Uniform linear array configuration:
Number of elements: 8
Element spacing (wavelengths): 0.75
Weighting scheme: uniform
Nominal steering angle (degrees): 15
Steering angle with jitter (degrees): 15.513
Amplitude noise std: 0.05
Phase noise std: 0.05

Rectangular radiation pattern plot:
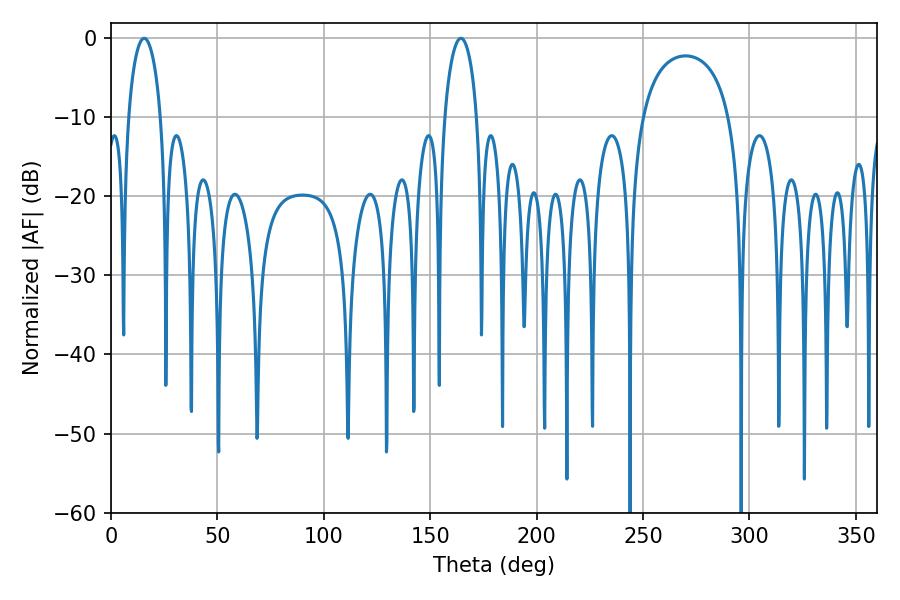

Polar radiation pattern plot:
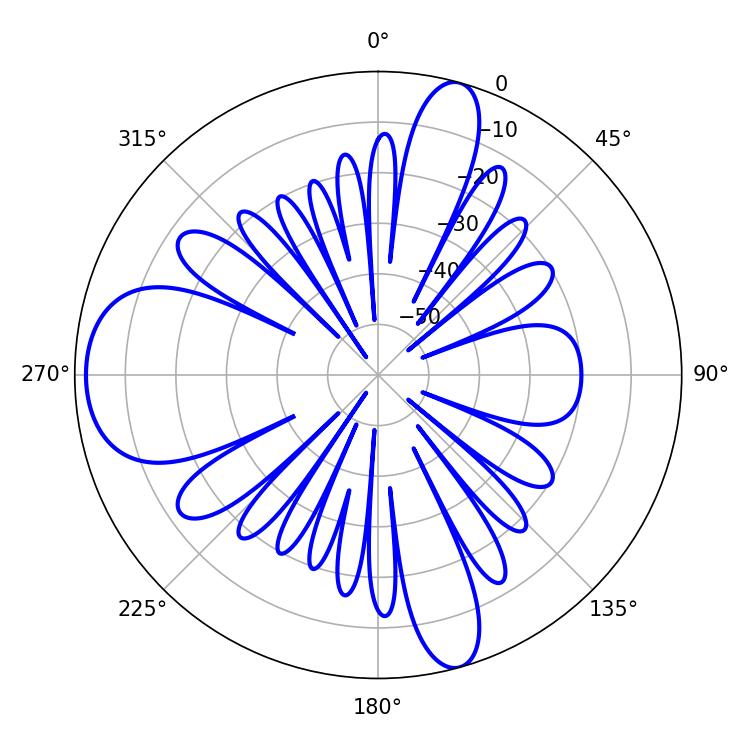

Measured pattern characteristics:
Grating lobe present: TRUE
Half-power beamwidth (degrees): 8.64
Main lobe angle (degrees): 15.66